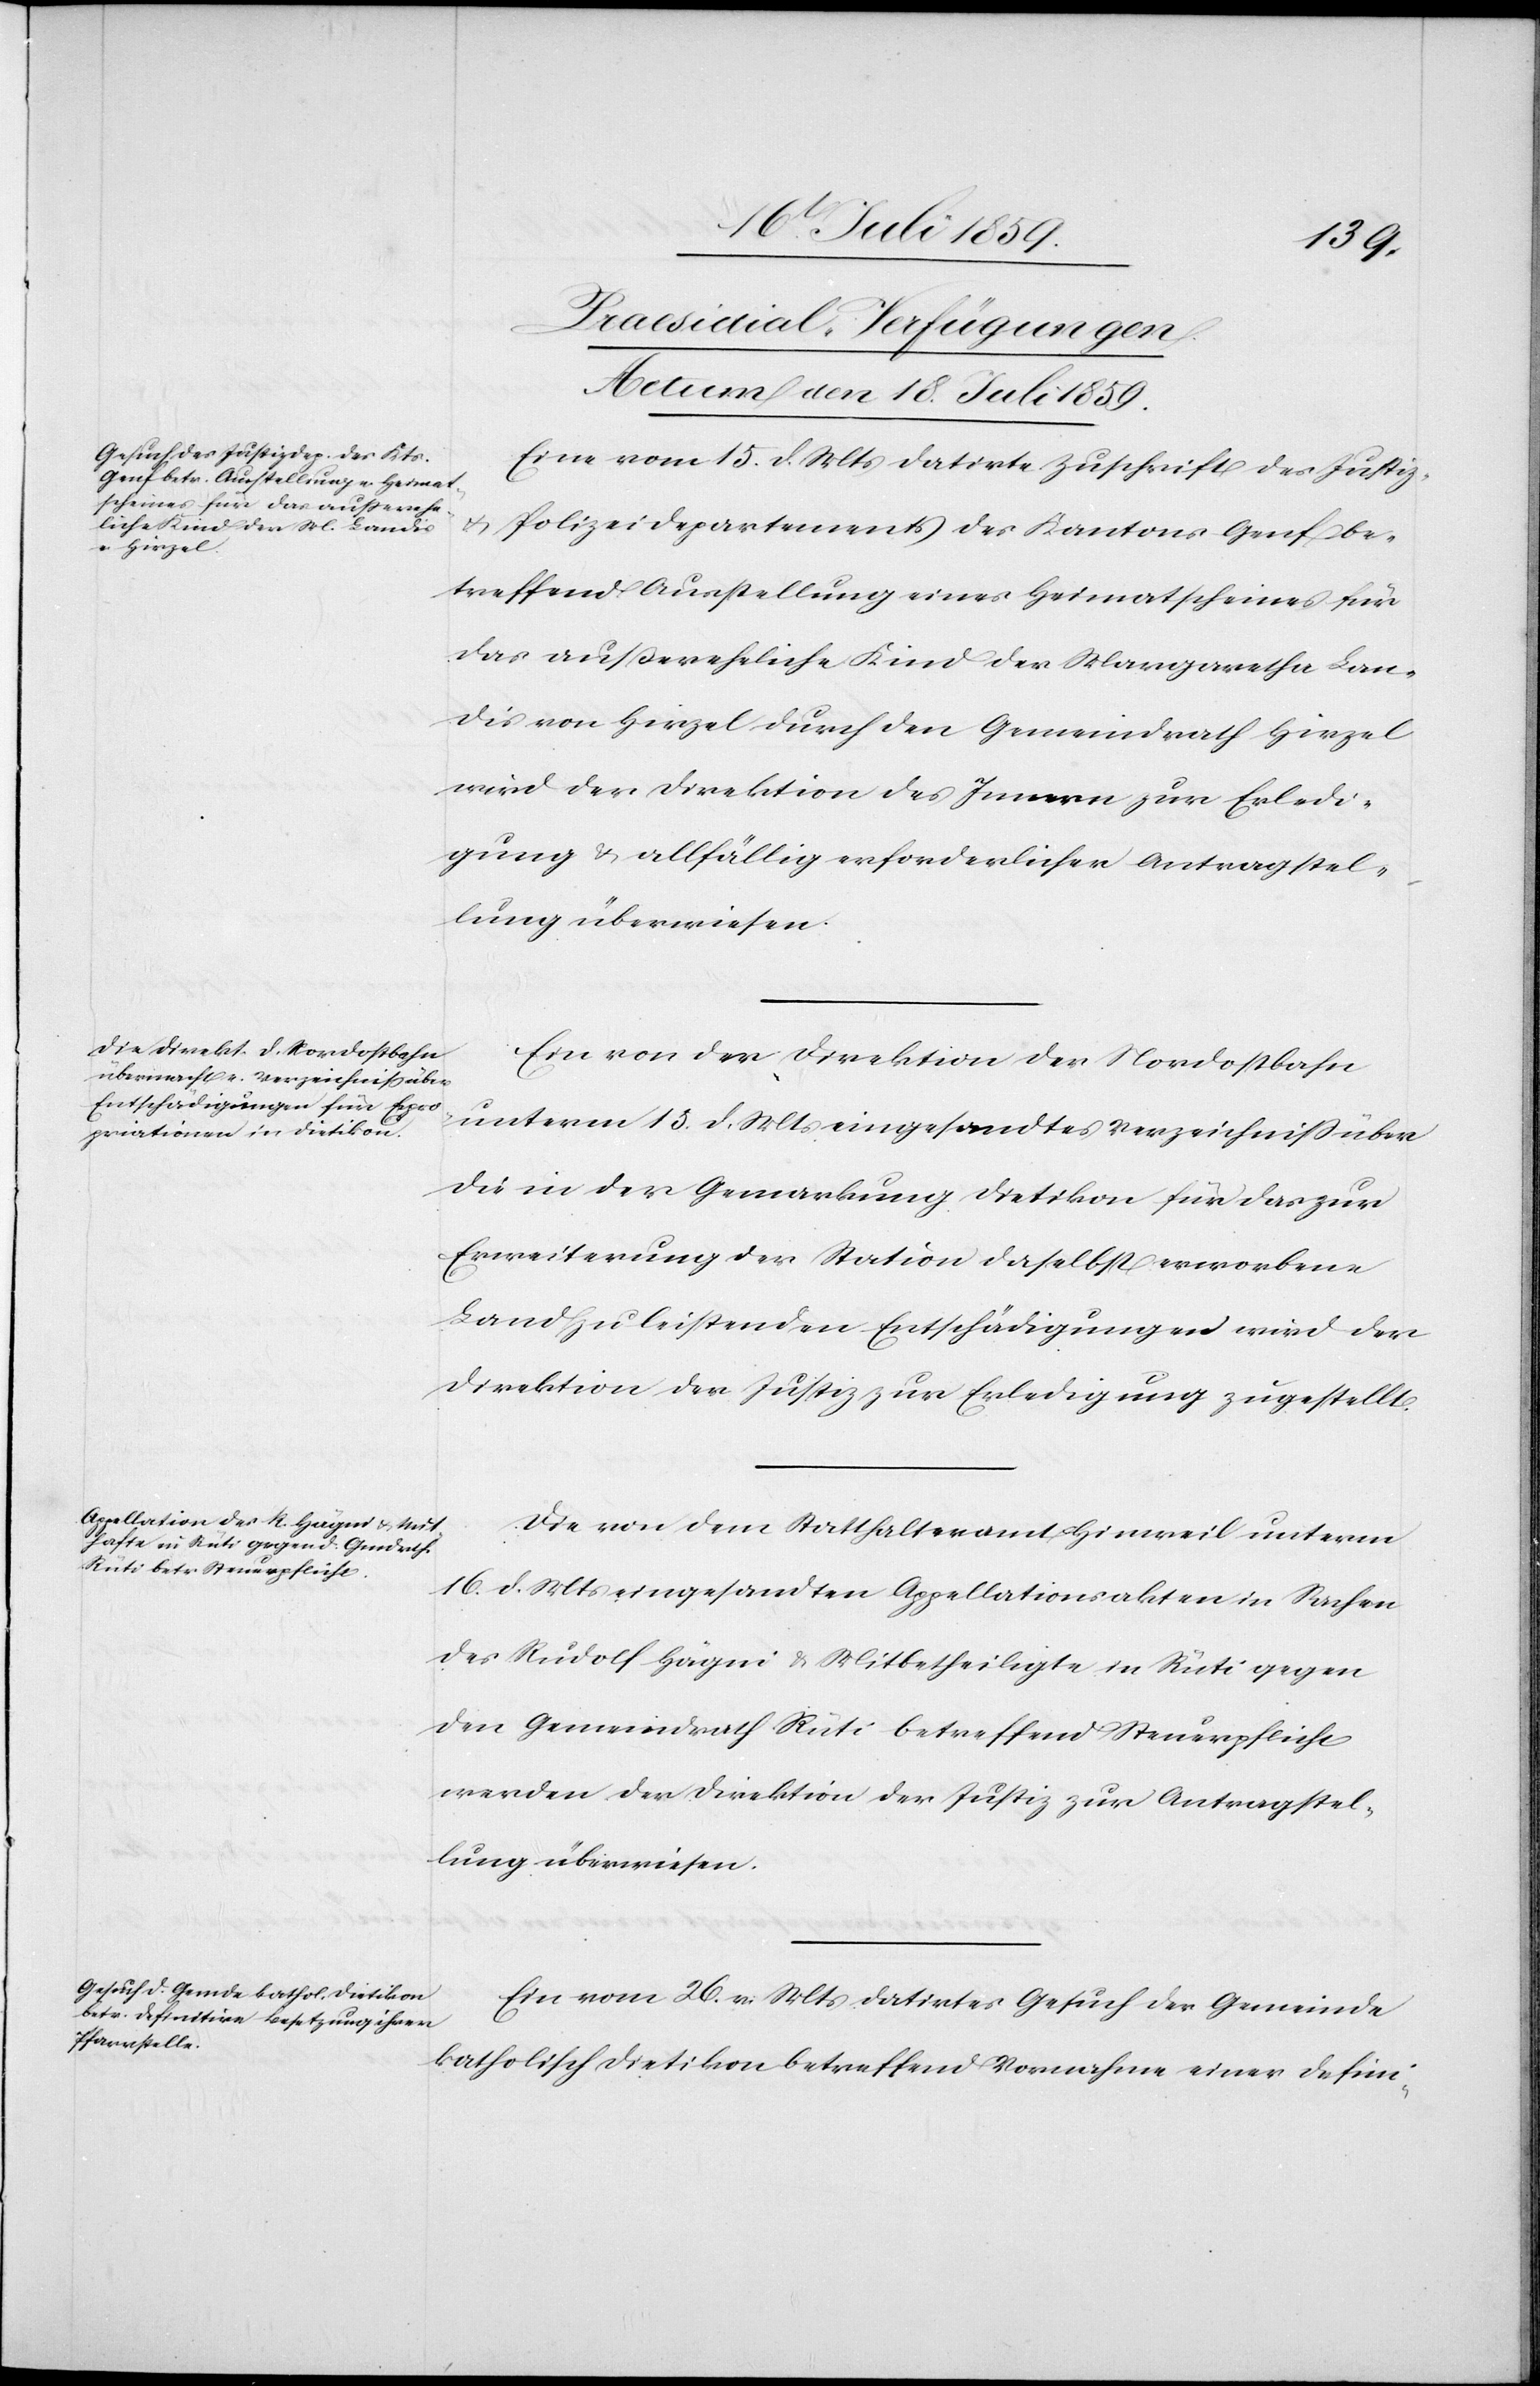
[Praesidial-Verfügungen.
Actum den 18. Juli 1859.]
Eine vom 15. d. Mts. datirte Zuschrift des Justiz-
u.
Polizeidepartements des Kantons Genf be¬
treffend Ausstellung eines Heimatscheines für
das außereheliche Kind der Margaretha Lan¬
dis von Hirzel durch den Gemeindrath Hirzel
wird der Direktion des Innern zur Erledi¬
gung u. allfällig erforderlicher Antragstel¬
lung überwiesen.
Ein von der Direktion der Nordostbahn
unterm 15. d. Mts. eingesandtes Verzeichniß über
die in der Gemarkung Dietikon für das zur
Erweiterung der Station daselbst erworbene
Land zu leistenden Entschädigungen wird der
Direktion der Justiz zur Erledigung zugestellt.
Die von dem Statthalteramt Hinweil unterm
16. d. Mts. eingesandten Appellationsakten in Sachen
des Rudolf Hägni u. Mitbetheiligte in Rüti gegen
den Gemeindrath Rüti betreffend Steuerpflicht
werden der Direktion der Justiz zur Antragstel¬
lung überwiesen.
Ein vom 26. v. Mts. datirtes Gesuch der Gemeinde
katholisch Dietikon betreffend Vornahme einer defini-